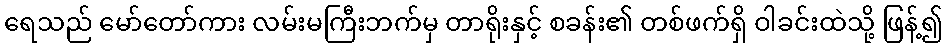
ရေသည် မော်တော်ကား လမ်းမကြီးဘက်မှ တာရိုးနှင့် စခန်း၏ တစ်ဖက်ရှိ ဝါခင်းထဲသို့ ဖြန့်၍